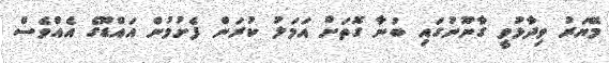
މޭޔަރު ވިދާޅުވީ ގާނޫނުގައި ބުނާ ގޮތަށް އަމަލު ކުރަން ފެށުމުން އައްޑޫގެ އެއްވެސް